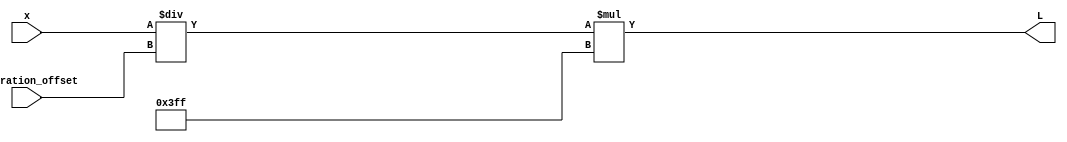
`timescale 1ns / 1ps
//////////////////////////////////////////////////////////////////////////////////
// Company: 
// Engineer: 
// 
// Design Name: 
// Module Name: blc
// Project Name: 
// Target Devices: 
// Tool Versions: 
// Description: 
// 
// Dependencies: 
// 
// Revision:
// Revision 0.01 - File Created
// Additional Comments:
// 
//////////////////////////////////////////////////////////////////////////////////


module blc_1 #(
    parameter BIT_WIDTH = 10
    )(
    input [BIT_WIDTH-1:0] x,
    input [BIT_WIDTH-1:0] saturation_offset,
    output [BIT_WIDTH*2-1:0] L
    );
    
    assign L = (x / (saturation_offset)) * (2**BIT_WIDTH - 1);
endmodule

module blc_2 #(
    parameter BIT_WIDTH = 10
    )(
    input [BIT_WIDTH-1:0] x,
    input [BIT_WIDTH-1:0] constant,
    output [BIT_WIDTH*2-1:0] L
    );
    
    assign L = x * constant;
endmodule